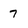
Character: 7